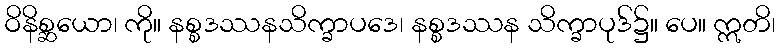
ဝိနိစ္ဆယော၊ ကို။ နစ္စဒဿနသိက္ခာပဒေ၊ နစ္စဒဿန သိက္ခာပုဒ်၌။ ပေ။ ဣတိ၊